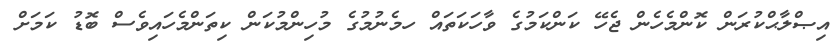
އިޞްލާޙްކުރަން ކޮންމެހެން ޖެހޭ ކަންކަމުގެ ވާހަކަތައް ހމެނުމުގެ މުހިންމުކަން ކިތަންމެހައިވެސް ބޮޑު ކަމަށް